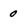
Character: 0